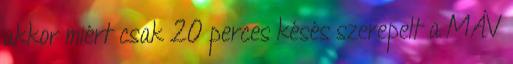
akkor miért csak 20 perces késés szerepelt a MÁV